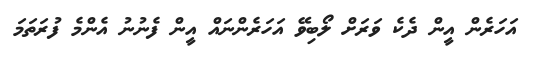
އަހަރެން އީން ދެކެ ވަރަށް ލޯބިވޭ އަހަރެންނައް އީން ފެނުނު އެންމެ ފުރަތަމަ